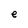
Character: e